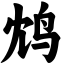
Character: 鸩